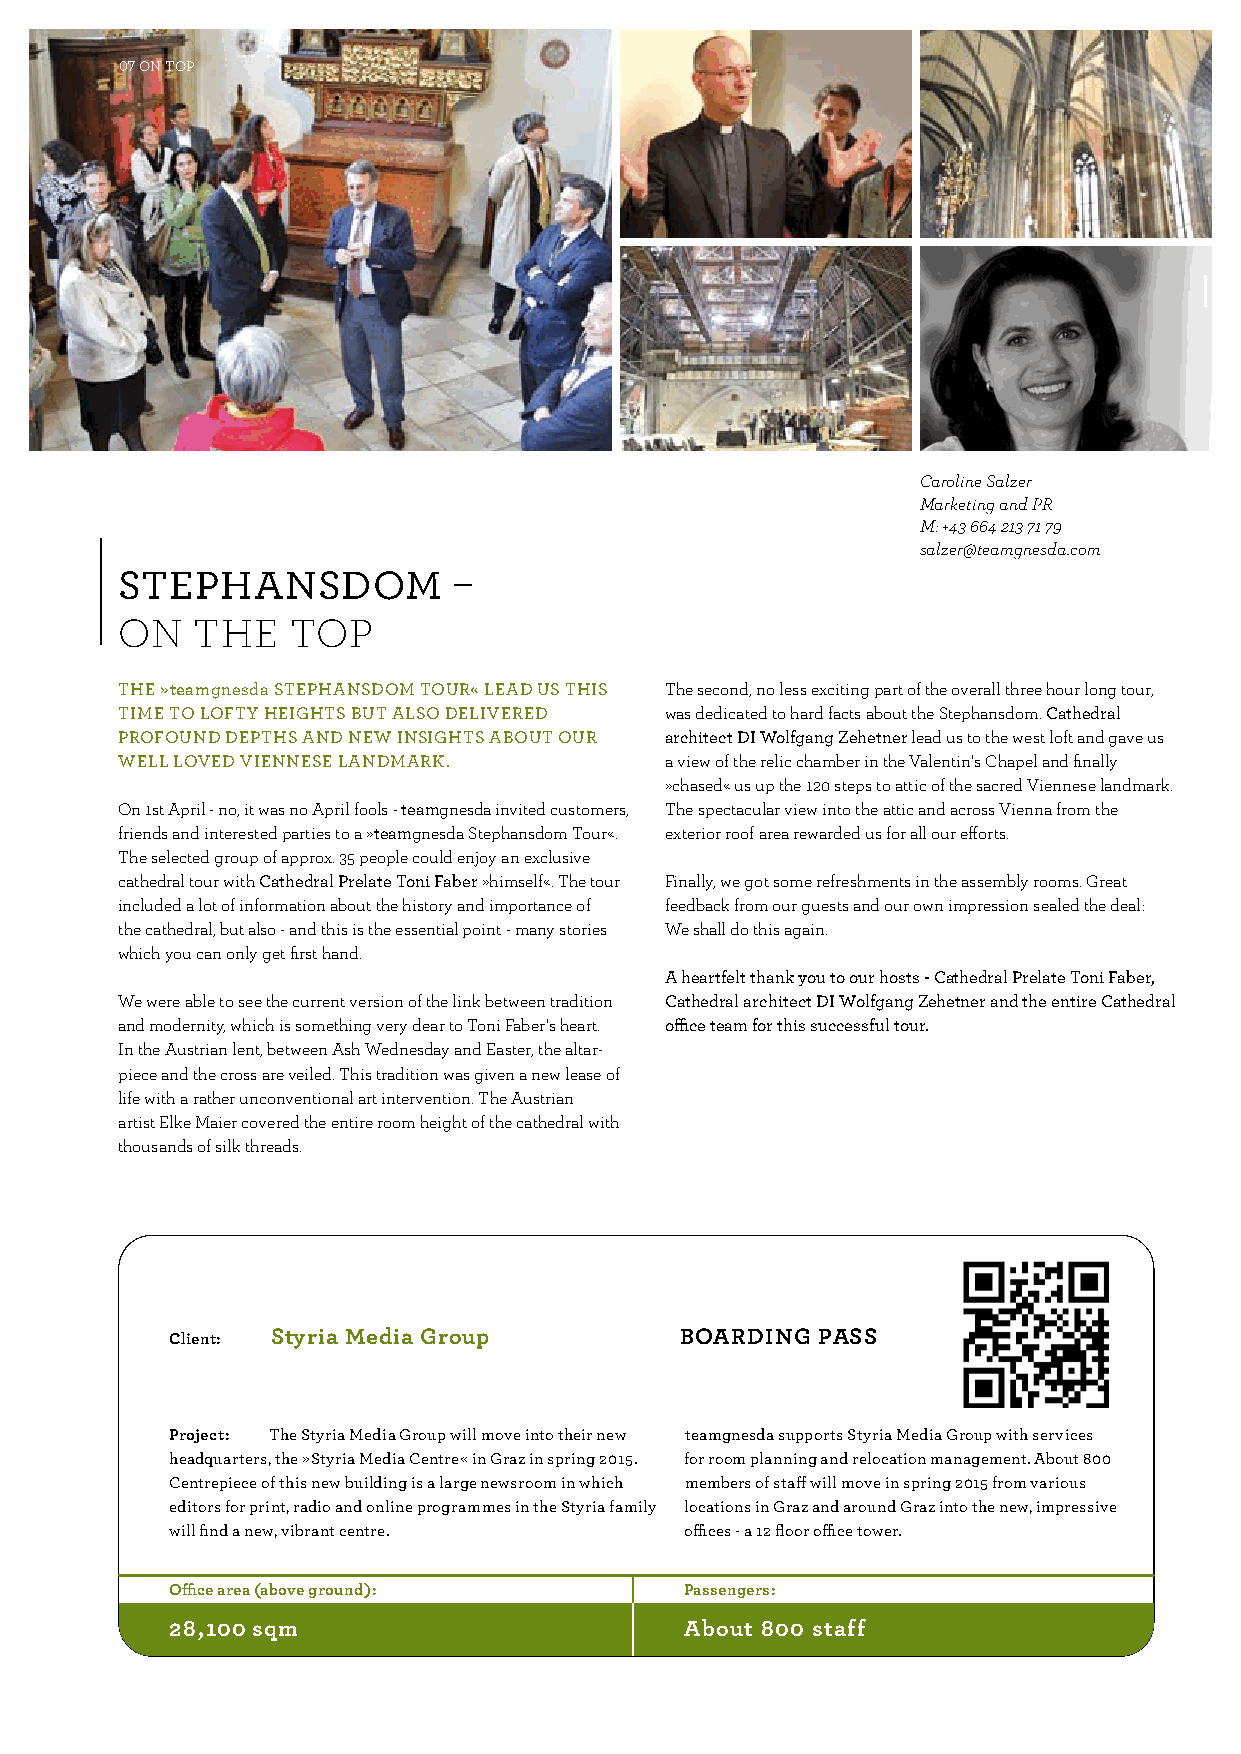
07 on top
 Caroline Salzer
 Marketing and PR
 M: +43 664 213 71 79
 salzer@teamgnesda.com
 sTEPhaNsdOM           –
 ON   ThE   TOP
 ThE »teamgnesda sTEPhaNsdOM TOuR« LEad us This The second, no less exciting part of the overall three hour long tour,
 TiME TO LOFTy hEighTs buT aLsO dELivEREd was dedicated to hard facts about the Stephansdom. cathedral
 PROFOuNd dEPThs aNd NEw iNsighTs abOuT OuR architect di wolfgang zehetner lead us to the west loft and gave us
 wELL LOvEd viENNEsE LaNdMaRK.       a view of the relic chamber in the Valentin‘s chapel and finally
 »chased« us up the 120 steps to attic of the sacred Viennese landmark.
 On 1st April - no, it was no April fools - teamgnesda invited customers, The spectacular view into the attic and across Vienna from the
 friends and interested parties to a »teamgnesda Stephansdom Tour«. exterior roof area rewarded us for all our efforts.
 The selected group of approx. 35 people could enjoy an exclusive
 cathedral tour with cathedral Prelate Toni Faber »himself«. The tour Finally, we got some refreshments in the assembly rooms. Great
 included a lot of information about the history and importance of feedback from our guests and our own impression sealed the deal:
 the cathedral, but also - and this is the essential point - many stories We shall do this again.
 which you can only get first hand.
 a heartfelt thank you to our hosts - cathedral Prelate Toni Faber,
 We were able to see the current version of the link between tradition cathedral architect di wolfgang zehetner and the entire cathedral
 and modernity, which is something very dear to Toni Faber‘s heart. office team for this successful tour.
 In the Austrian lent, between Ash Wednesday and Easter, the altar-
 piece and the cross are veiled. This tradition was given a new lease of
 life with a rather unconventional art intervention. The Austrian
 artist Elke Maier covered the entire room height of the cathedral with
 thousands of silk threads.
 client: styria Media Group        BoArdinG PAss
 Project: The styria Media group will move into their new teamgnesda supports styria Media group with services
 headquarters, the »styria Media centre« in graz in spring 2015. for room planning and relocation management. about 800
 centrepiece of this new building is a large newsroom in which members of staff will move in spring 2015 from various
 editors for print, radio and online programmes in the styria family locations in graz and around graz into the new, impressive
 will find a new, vibrant centre.  offices - a 12 floor office tower.
 office area (above ground):       Passengers:
 28,100 sqm                        About 800 staff